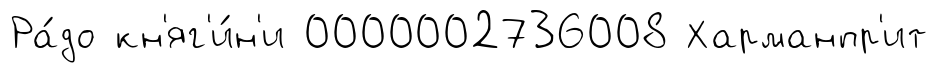
Ра́до кн'яг'и́н'и 0000002736008 Харманпр'ит